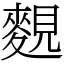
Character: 麲